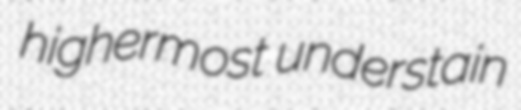
highermost understain